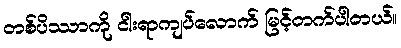
တစ်ပိဿာကို ငါးရာကျပ်လောက် မြင့်တက်ပါတယ်။